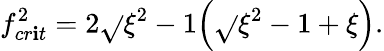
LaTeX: f_{cr\mathbf{i}t}^{2}=2\sqrt{}{{\xi^{2}-1}}\Bigl(\sqrt{}{{\xi^{2}-1}}+\xi\Bigr).